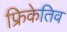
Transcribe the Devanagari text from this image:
फ्रिकेतिव